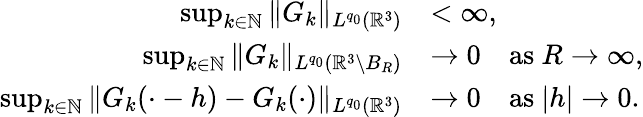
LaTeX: \begin{array}{rl}{\operatorname*{sup}_{k\in\mathbb N}\| G_{k}\| _{L^{q_{0}}({\mathbb R}^{3})}}&{<\infty,}\\ {\operatorname*{sup}_{k\in\mathbb N}\| G_{k}\| _{L^{q_{0}}({\mathbb R}^{3}\setminus B_{R})}}&{\rightarrow 0\quad\mathrm{as~}R\rightarrow\infty,}\\ {\operatorname*{sup}_{k\in\mathbb N}\| G_{k}(\cdot-h)-G_{k}(\cdot)\| _{L^{q_{0}}({\mathbb R}^{3})}}&{\rightarrow 0\quad\mathrm{as~}|h|\rightarrow 0.}\end{array}